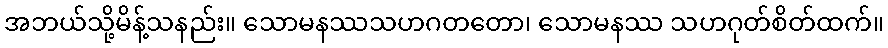
အဘယ်သို့မိန့်သနည်း။ သောမနဿသဟဂတတော၊ သောမနဿ သဟဂုတ်စိတ်ထက်။